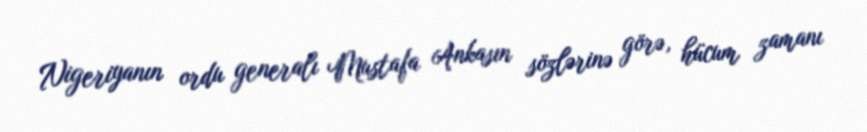
Nigeriyanın ordu generalı Mustafa Ankasın sözlərinə görə, hücum zamanı